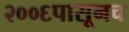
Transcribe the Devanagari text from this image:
२००६पासूनच